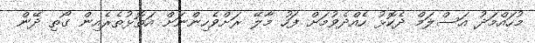
މުހައްމަދު އަސްލަމް ދެކޮޅު ހެއްދެވުމަށް ފަހު މާލޭ ރަށްވެހިންނަށް އަތޮޅުތެރެއިން ގޯތި ދޭން